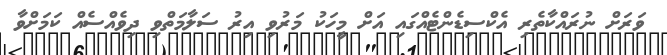
ވަރަށް ނުރައްކާތެރި އެކްސިޑެންޓެއްގައި އަށް މީހަކު މަރުވި އިރު ސަލާމަތްވި ދިވެއްސެއް ކަމަށްވާ